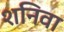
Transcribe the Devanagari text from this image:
शनिवा